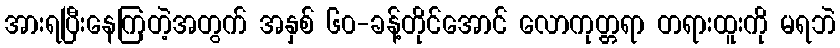
အားရပြီးနေကြတဲ့အတွက် အနှစ် ၆၀-ခန့်တိုင်အောင် လောကုတ္တရာ တရားထူးကို မရဘဲ